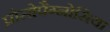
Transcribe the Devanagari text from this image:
प्रोसोपैग्नोसिया